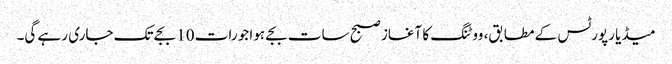
میڈیا رپورٹس کے مطابق، ووٹنگ کا آغاز صبح سات بجے ہوا جو رات 10 بجے تک جاری رہے گی۔